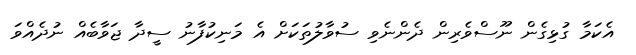
އެކަމާ ގުޅިގެން ނޫސްވެރިން ދެންނެވި ސުވާލުތަކަށް އެ މަނިކުފާނު ސީދާ ޖަވާބެއް ނުދެއްވަ